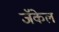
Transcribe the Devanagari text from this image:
जॅकेल